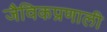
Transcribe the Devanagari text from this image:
जैविकप्रणाली